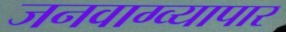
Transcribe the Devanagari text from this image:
जनवाग्व्यापार